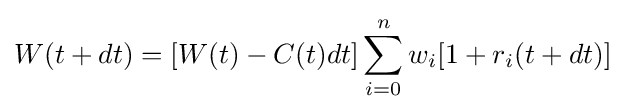
W(t+dt)=[W(t)-C(t)dt]\sum _{i=0}^{n}w_{i}[1+r_{i}(t+dt)]